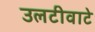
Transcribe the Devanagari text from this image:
उलटीवाटे